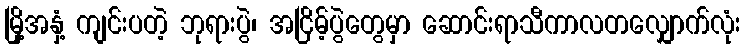
မြို့အနှံ့ ကျင်းပတဲ့ ဘုရားပွဲ၊ အငြိမ့်ပွဲတွေမှာ ဆောင်းရာသီကာလတလျှောက်လုံး